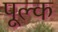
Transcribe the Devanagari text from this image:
पूल्क